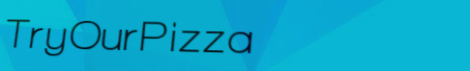
TryOurPizza